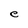
Character: e